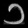
Digit: ၁